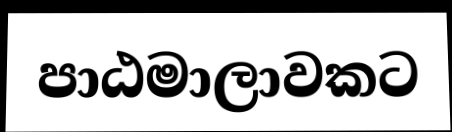
පාඨමාලාවකට